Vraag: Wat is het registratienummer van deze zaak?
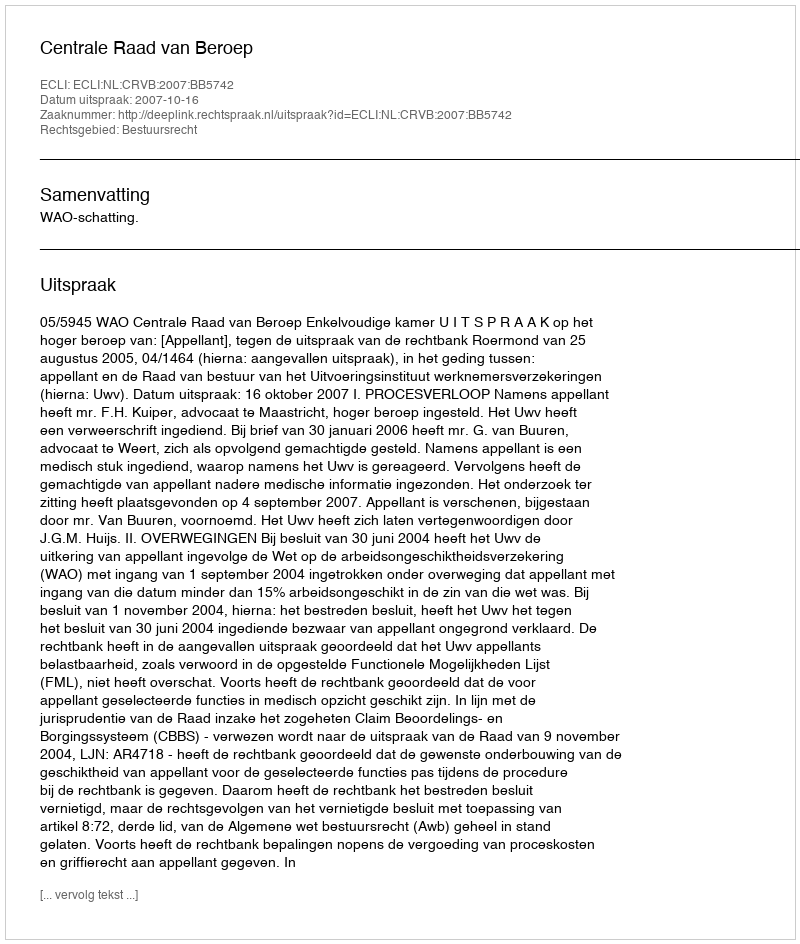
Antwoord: http://deeplink.rechtspraak.nl/uitspraak?id=ECLI:NL:CRVB:2007:BB5742